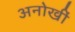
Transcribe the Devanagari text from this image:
अनोखीं